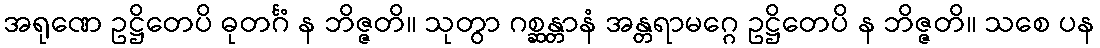
အရုဏေ ဥဋ္ဌိတေပိ ဓုတင်္ဂံ န ဘိဇ္ဇတိ။ သုတွာ ဂစ္ဆန္တာနံ အန္တရာမဂ္ဂေ ဥဋ္ဌိတေပိ န ဘိဇ္ဇတိ။ သစေ ပန